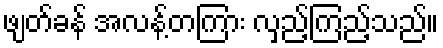
ဖျတ်ခန် အလန့်တကြား လှည့်ကြည့်သည်။